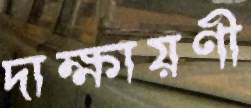
দাক্ষায়ণী